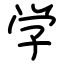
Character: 学